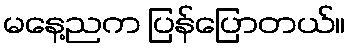
မနေ့ညက ပြန်ပြောတယ်။